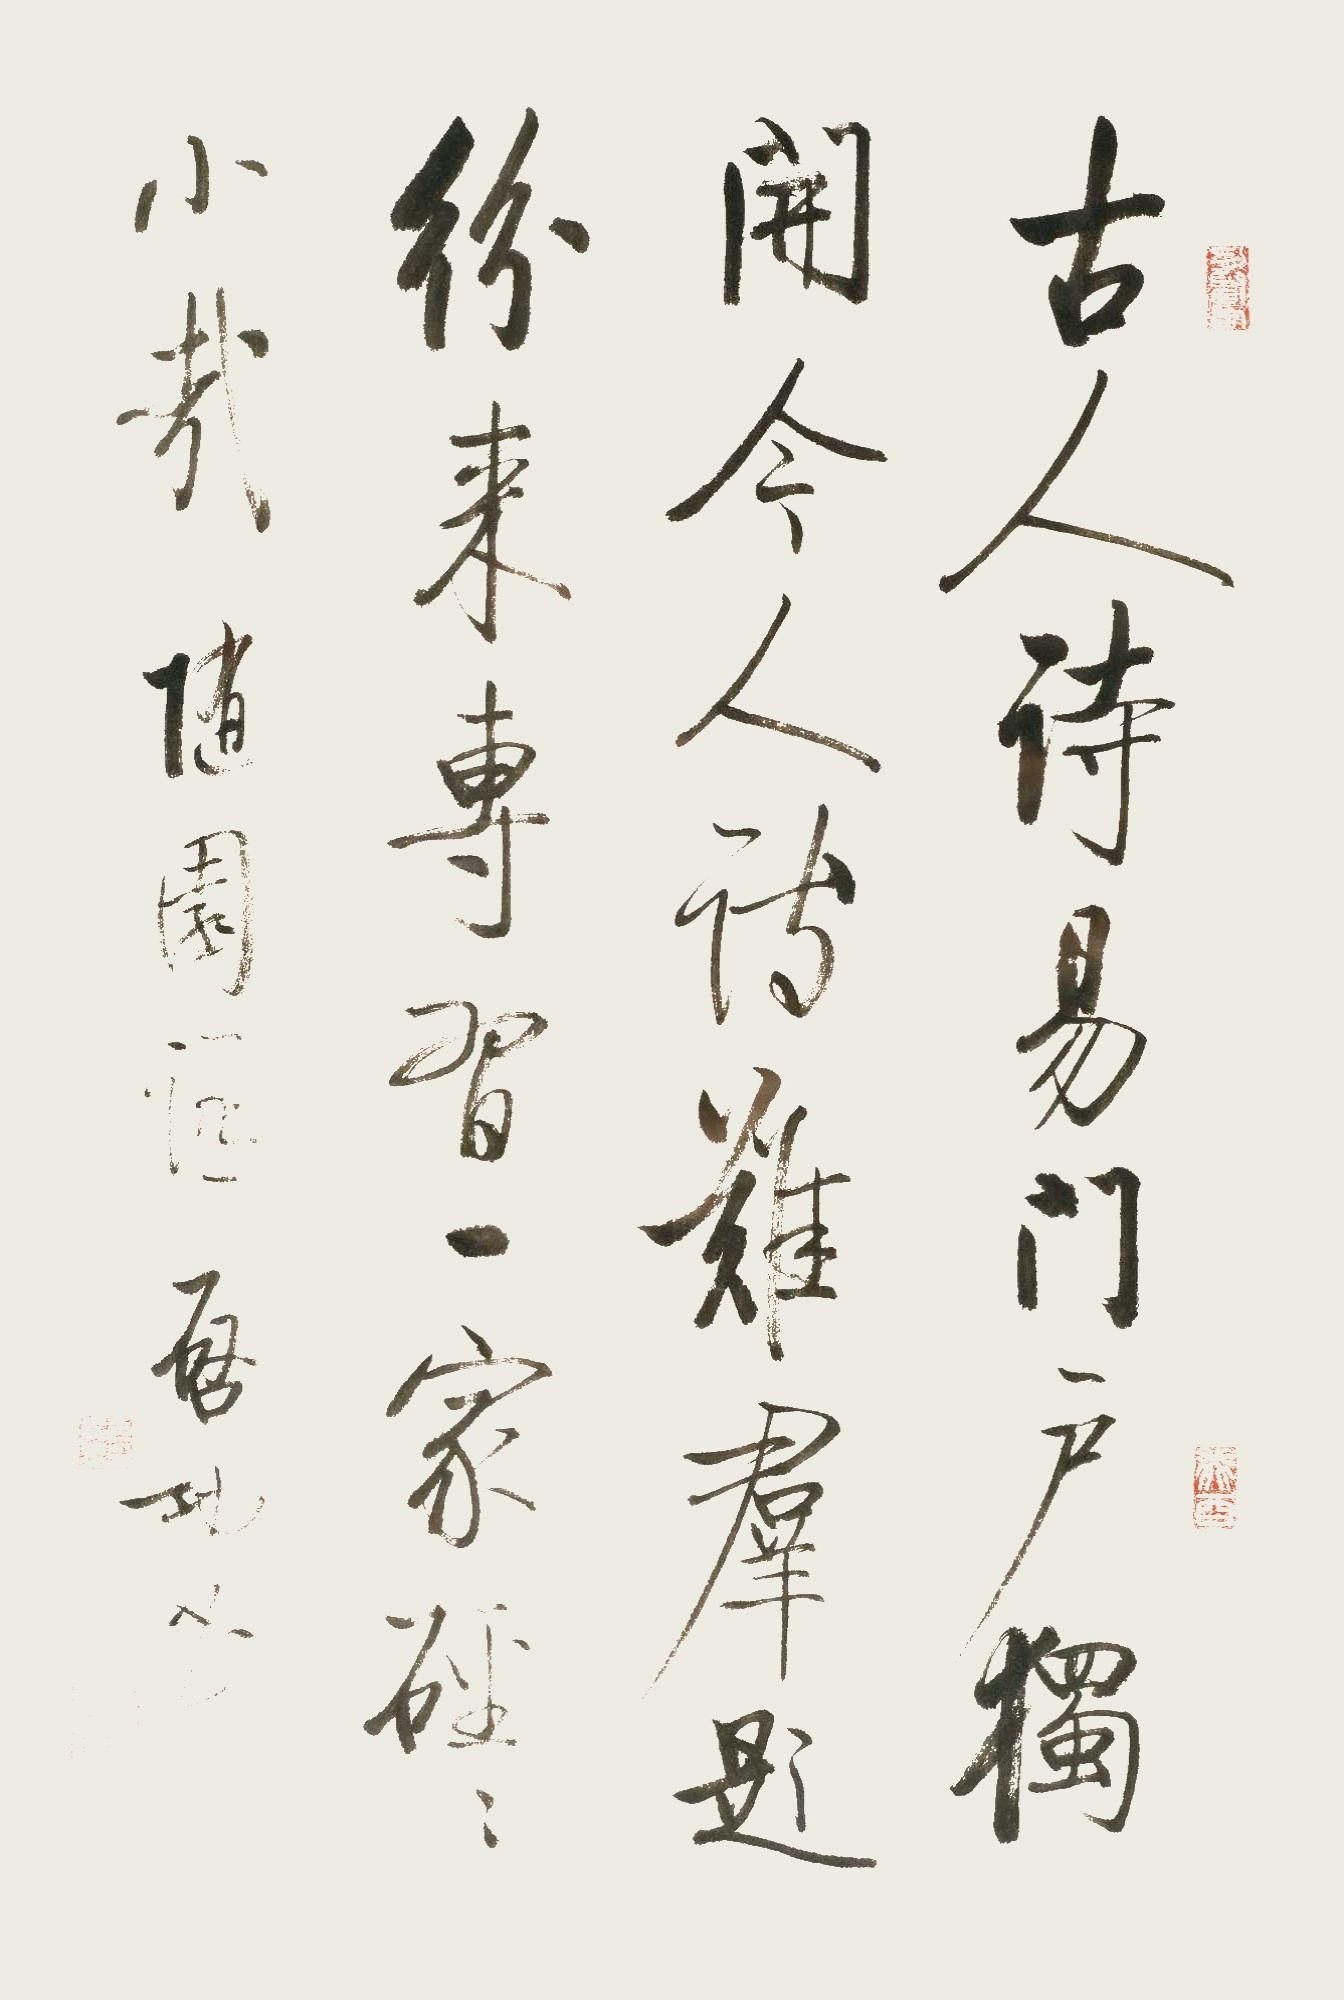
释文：古人诗易，门户独开。今人诗难，群题纷来。专习一家，硁硁小哉。随园诗，启功书。